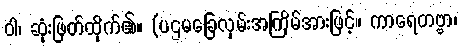
ဝါ၊ ဆုံးဖြတ်ထိုက်၏။ (ပဌမခြေလှမ်းအကြိမ်အားဖြင့်။ ကာရေတဗ္ဗာ၊